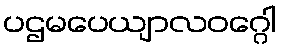
ပဌမပေယျာလဝဂ္ဂေါ